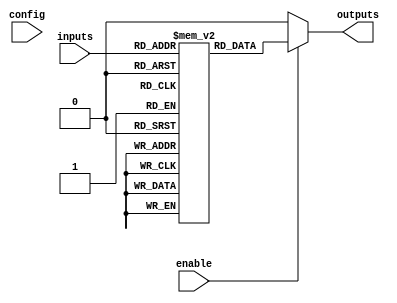
module CLB (
    input wire [N-1:0] inputs,          // Input signals (N inputs)
    input wire [M-1:0] config,          // Configuration inputs for LUT
    input wire enable,                   // Enable signal
    output reg [P-1:0] outputs          // Output signals (P outputs)
);

// Parameters
parameter N = 4;                       // Number of inputs
parameter M = 16;                      // Number of configuration bits (for 4-input LUT)
parameter P = 1;                       // Number of outputs

// Internal LUT to implement the logic function
reg [P-1:0] lut [0:2**N-1];            // LUT array

// Initialization of LUT (example values, should be programmed)
initial begin
    lut[0] = 0;    // Example: 0000 -> 0
    lut[1] = 1;    // Example: 0001 -> 1
    lut[2] = 1;    // Example: 0010 -> 1
    lut[3] = 0;    // Example: 0011 -> 0
    lut[4] = 1;    // Example: 0100 -> 1
    lut[5] = 1;    // Example: 0101 -> 1
    lut[6] = 0;    // Example: 0110 -> 0
    lut[7] = 0;    // Example: 0111 -> 0
    lut[8] = 1;    // Example: 1000 -> 1
    lut[9] = 0;    // Example: 1001 -> 0
    lut[10] = 0;   // Example: 1010 -> 0
    lut[11] = 1;   // Example: 1011 -> 1
    lut[12] = 0;   // Example: 1100 -> 0
    lut[13] = 1;   // Example: 1101 -> 1
    lut[14] = 1;   // Example: 1110 -> 1
    lut[15] = 1;   // Example: 1111 -> 1
end

// Combinational logic implementation
always @(*) begin
    if (enable) begin
        // Use the LUT to determine the output based on the input signals
        outputs = lut[inputs]; // Convert inputs to an integer index for LUT
    end else begin
        outputs = {P{1'b0}}; // If not enabled, set outputs to 0
    end
end

endmodule